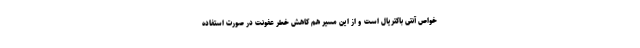
خواص آنتی باکتریال است و از این مسیر هم کاهش خطر عفونت در صورت استفاده